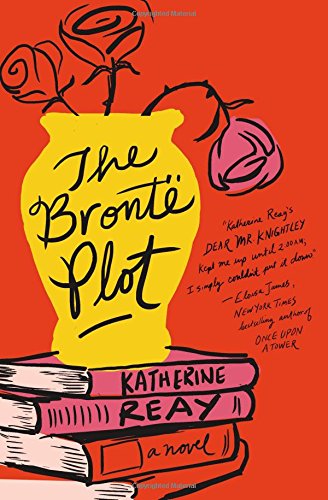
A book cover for The BrontÃ« Plot; Katherine Reay; Romance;